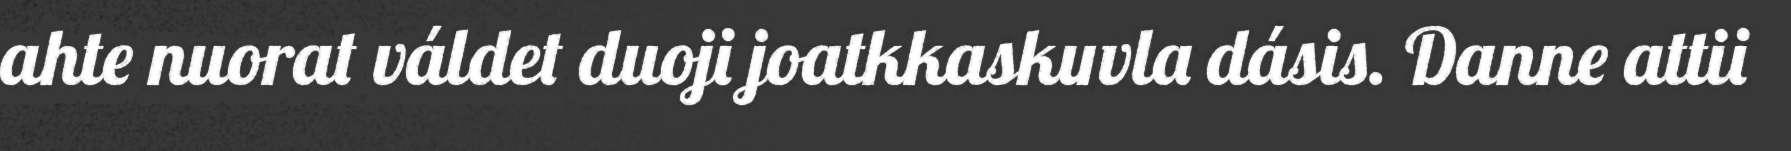
ahte nuorat váldet duoji joatkkaskuvla dásis. Danne attii